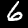
Digit: 6